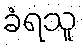
ခံရသူ